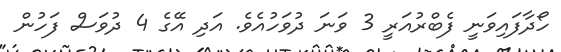
ހޯދާފައިވަނީ ފެބްރުއަރީ 3 ވަނަ ދުވަހުއެވެ. އަދި އޭގެ 4 ދުވަސް ފަހުން